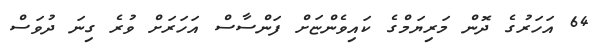
64 އަހަރުގެ ދޮން މަރިޔަމްގެ ކައިވެންޏަށް ފަންސާސް އަހަރަށް ވުރެ ގިނަ ދުވަސް